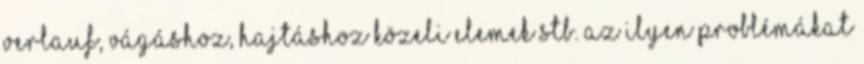
verlauf, vágáshoz, hajtáshoz közeli elemek stb. Az ilyen problémákat